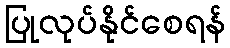
ပြုလုပ်နိုင်စေရန်